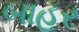
બાહર